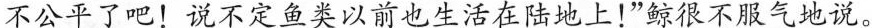
不公平了吧！说不定鱼类以前也生活在陆地上！”鲸很不服气地说。